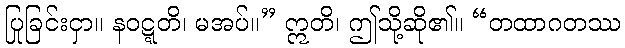
ပြုခြင်းငှာ။ နဝဋ္ဋတိ၊ မအပ်။” ဣတိ၊ ဤသို့ဆို၏။ “တထာဂတဿ